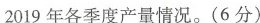
2019年各季度产量情况。(6分)